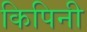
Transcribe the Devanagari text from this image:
किपिनी